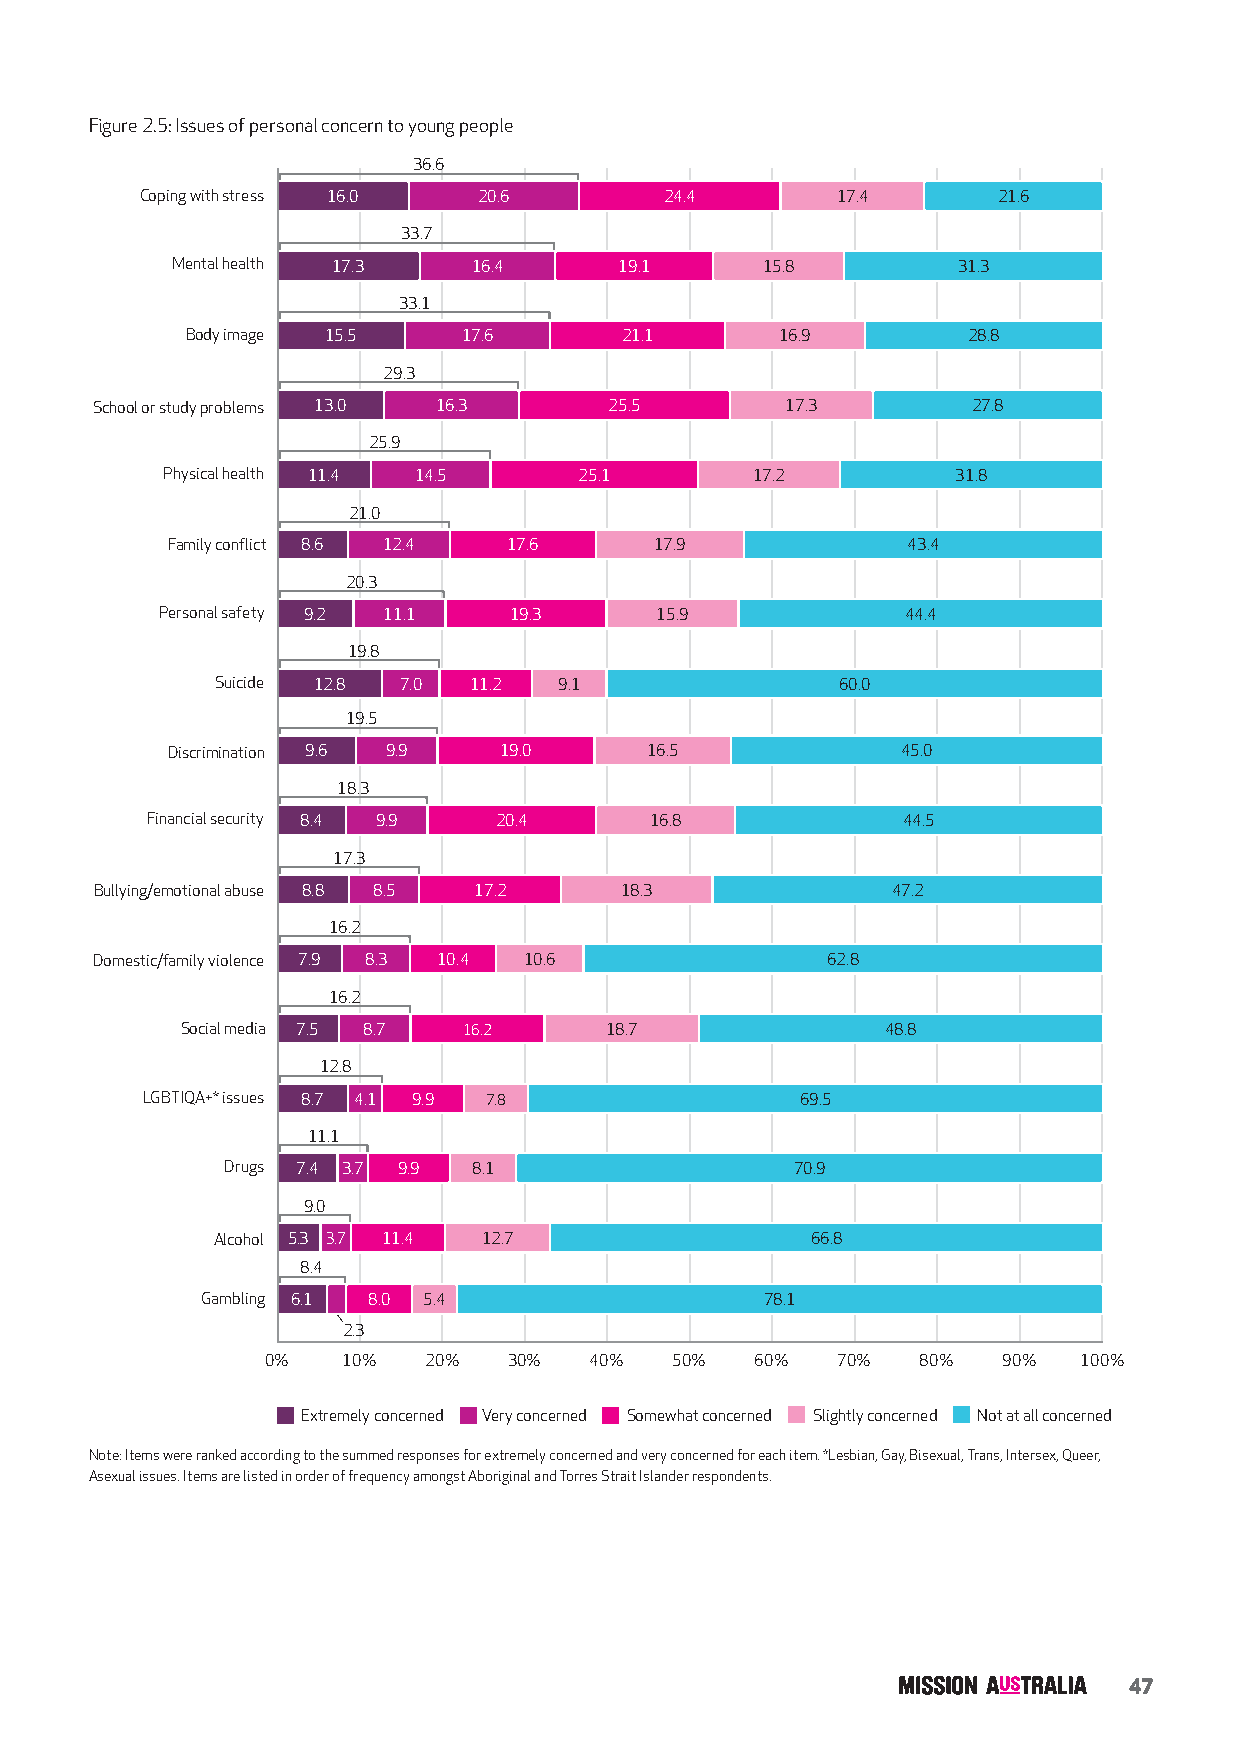
Figure 2.5: Issues of personal concern to young people
 36.6
 Coping with stress 16.0 20.6       24.4       17.4       21.6
 33.7
 Mental health 17.3  16.4      19.1     15.8         31.3
 33.1
 Body image 15.5    17.6      21.1       16.9        28.8
 29.3
 School or study problems 13.0 16.3 25.5       17.3        27.8
 25.9
 Physical health 11.4 14.5  25.1        17.2         31.8
 21.0
 Family conflict 8.6 12.4 17.6   17.9             43.4
 20.3
 Personal safety 9.2 11.1 19.3   15.9             44.4
 19.8
 Suicide 12.8 7.0 11.2  9.1               60.0
 19.5
 Discrimination 9.6 9.9 19.0     16.5             45.0
 18.3
 Financial security 8.4 9.9 20.4  16.8             44.5
 17.3
 Bullying/emotional abuse 8.8 8.5 17.2 18.3           47.2
 16.2
 Domestic/family violence 7.9 8.3 10.4 10.6       62.8
 16.2
 Social media 7.5 8.7 16.2   18.7               48.8
 12.8
 LGBTIQA+* issues 8.7 4.1 9.9 7.8            69.5
 11.1
 Drugs 7.4 3.7 9.9 8.1                 70.9
 9.0
 Alcohol 5.3 3.7 11.4 12.7               66.8
 8.4
 Gambling 6.1 8.0 5.4                  78.1
 2.3
 0%   10%  20%   30%  40%   50%  60%  70%   80%  90%  100%
 Extremely concerned Very concerned Somewhat concerned Slightly concerned Not at all concerned
 Note: Items were ranked according to the summed responses for extremely concerned and very concerned for each item. *Lesbian, Gay, Bisexual, Trans, Intersex, Queer,
 Asexual issues. Items are listed in order of frequency amongst Aboriginal and Torres Strait Islander respondents.
 47